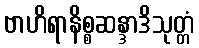
ဗာဟိရာနိစ္စဆန္ဒာဒိသုတ္တံ